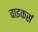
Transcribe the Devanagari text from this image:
वाइकर्स